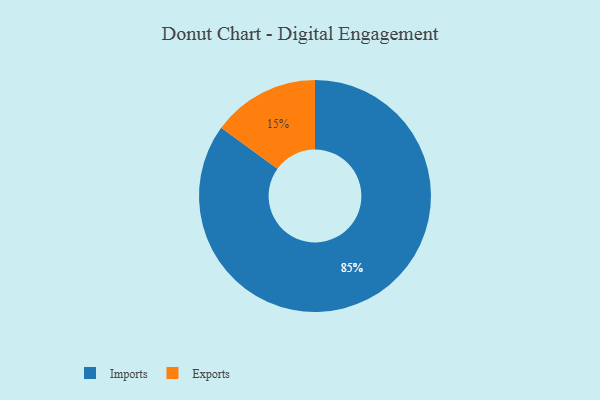
{"axis": {"x": "Category", "y": "Percentage"}, "legend": ["Exports", "Imports"], "data": [{"x": "Exports", "y": 15, "type": "Exports"}, {"x": "Imports", "y": 85, "type": "Imports"}]}